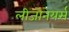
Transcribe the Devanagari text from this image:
लीजोनेयर्स